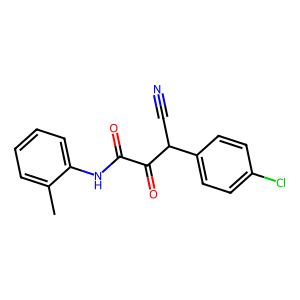
SMILES: Cc1ccccc1NC(=O)C(=O)C(C#N)c1ccc(Cl)cc1
Inhibits HIV replication: No